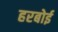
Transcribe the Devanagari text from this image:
हरबोई